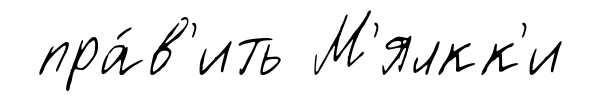
пра́в'ить М'ялкк'и